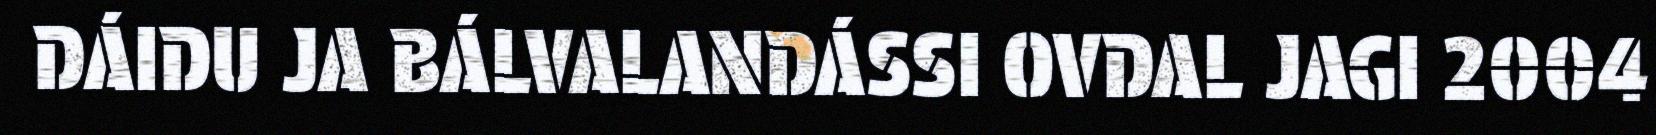
DÁIDU JA BÁLVALANDÁSSI OVDAL JAGI 2004